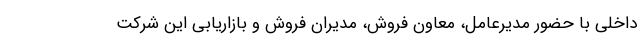
داخلی با حضور مدیرعامل، معاون فروش، مدیران فروش و بازاریابی این شرکت